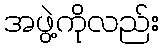
အဖွဲ့ကိုလည်း